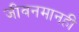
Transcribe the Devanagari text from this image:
जीवनमानही